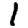
Digit: 1